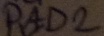
Text: PAD2